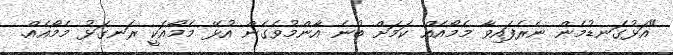
"އަޅުގަނޑުމެން ނެރެފައިވާ މެމޯއެއް ކަމަށް ބުނެ އާންމުވެގެން އުޅޭ މެމޯއަކީ ރަނގަޅު މެމޯއެއް.